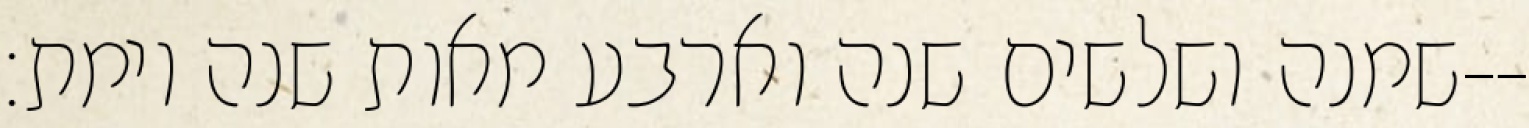
שמנה ושלשים שנה וארבע מאות שנה וימת׃--